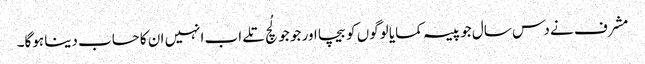
مشرف نے دس سال جو پیسہ کمایا لوگوں کو بیچا اور جو جو لُچ تلے اب انہیں ان کا حساب دینا ہوگا۔